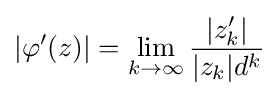
|\varphi '(z)|=\lim _{k\to \infty }{\frac {|z'_{k}|}{|z_{k}|d^{k}}}